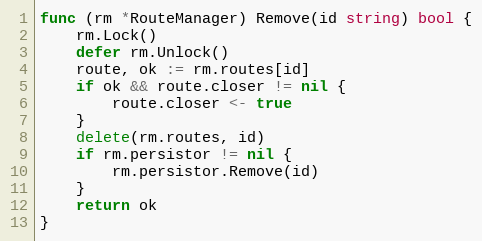
Language: Go
func (rm *RouteManager) Remove(id string) bool {
	rm.Lock()
	defer rm.Unlock()
	route, ok := rm.routes[id]
	if ok && route.closer != nil {
		route.closer <- true
	}
	delete(rm.routes, id)
	if rm.persistor != nil {
		rm.persistor.Remove(id)
	}
	return ok
}